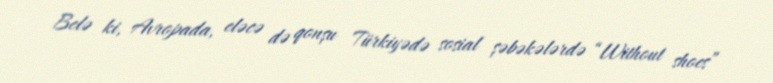
Belə ki, Avropada, eləcə də qonşu Türkiyədə sosial şəbəkələrdə “Without shoes”